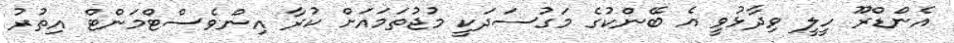
އެންޑްރޫ ހީލީ ވިދާޅުވީ އެ ބޭންކުގެ މަގުސަދަކީ މުޖުތަމައަށް ކުރާ އިންވެސްޓްމަންޓް އިތުރު